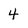
Character: 4